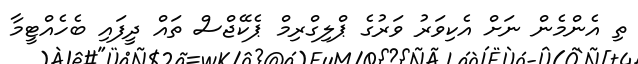
ތި އެންމެން ނަށް އެކިވަރު ވަރުގެ ޕްލިގްރިމް ޕެކޭޖްސް ތައް ދީފައި ބެހެއްޓީމާ